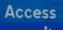
access